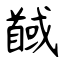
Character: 馘